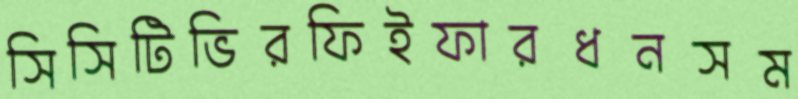
সিসিটিভিরফিইফারধনসম